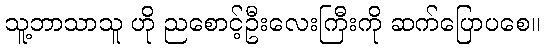
သူ့ဘာသာသူ ဟို ညစောင့်ဦးလေးကြီးကို ဆက်ပြောပစေ။